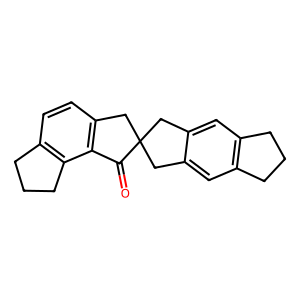
SMILES: O=C1c2c(ccc3c2CCC3)CC12Cc1cc3c(cc1C2)CCC3
Inhibits HIV replication: No